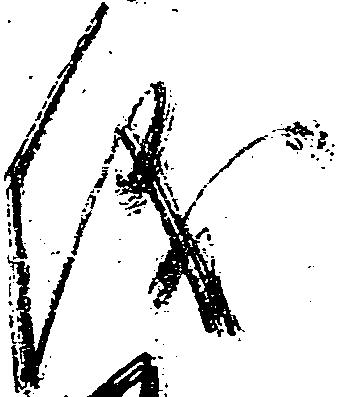
儀